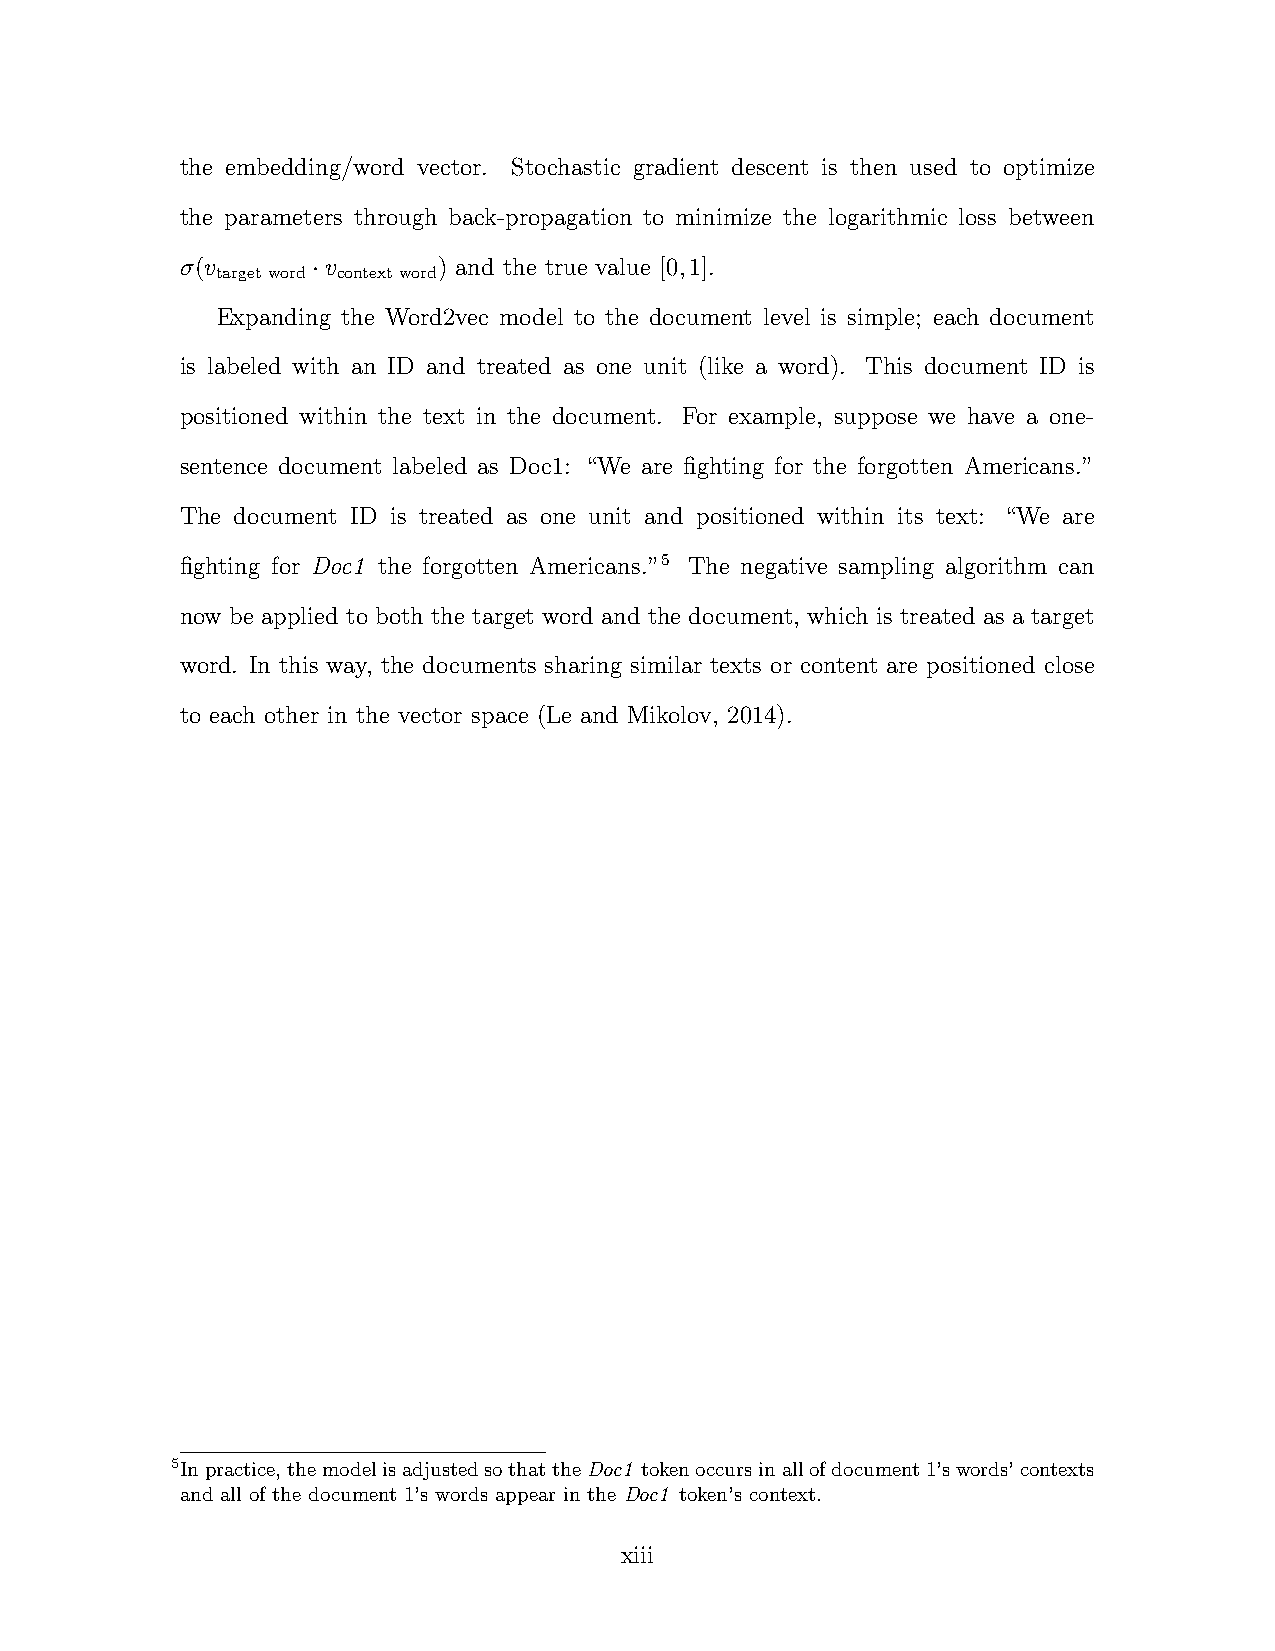
the embedding/word vector. Stochastic gradient descent is then used to optimize
 the parameters through back-propagation to minimize the logarithmic loss between
 σ(v      ·v      ) and the true value [0,1].
 targetword contextword
 Expanding the Word2vec model to the document level is simple; each document
 is labeled with an ID and treated as one unit (like a word). This document ID is
 positioned within the text in the document. For example, suppose we have a one-
 sentence document labeled as Doc1: “We are fighting for the forgotten Americans.”
 The document ID is treated as one unit and positioned within its text: “We are
 fighting for Doc1 the forgotten Americans.”5 The negative sampling algorithm can
 now be applied to both the target word and the document, which is treated as a target
 word. In this way, the documents sharing similar texts or content are positioned close
 to each other in the vector space (Le and Mikolov, 2014).
 5Inpractice,themodelisadjustedsothattheDoc1 tokenoccursinallofdocument1’swords’contexts
 and all of the document 1’s words appear in the Doc1 token’s context.
 xiii